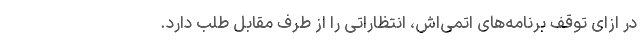
در ازای توقف برنامه‌های اتمی‌اش، انتظاراتی را از طرف مقابل طلب دارد.